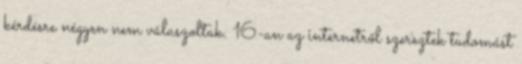
kérdésre négyen nem válaszoltak. 16-an az internetről szereztek tudomást